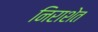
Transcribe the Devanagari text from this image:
निराशेत